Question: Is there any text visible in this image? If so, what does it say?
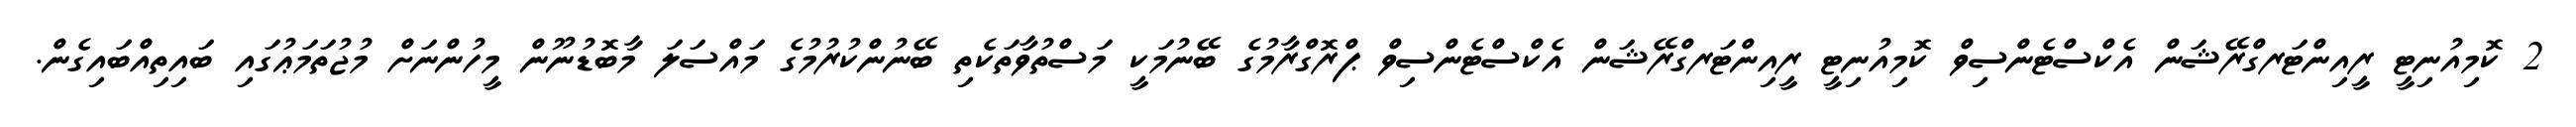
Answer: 2 ކޮމިއުނިޓީ ރީއިންޓަރގްރޭޝަން އެކްސްޓެންސިވް ކޮމިއުނިޓީ ރީއިންޓަރގްރޭޝަން އެކްސްޓެންސިވް ޕްރޮގްރާމުގެ ބޭނުމަކީ މަސްތުވާތަކެތި ބޭނުންކުރުމުގެ މައްސަލަ މާބޮޑުނޫން މީހުންނަށް މުޖުތަމަޢުގައި ބައިތިއްބައިގެން.